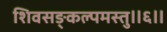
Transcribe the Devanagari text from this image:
शिवसङ्कल्पमस्तु॥६॥